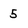
Character: 5